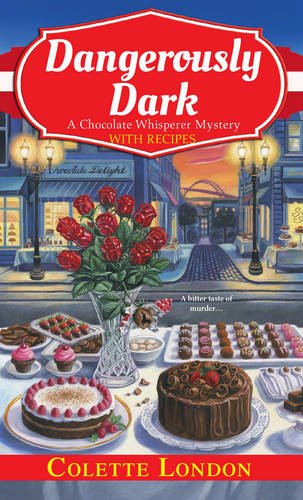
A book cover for Dangerously Dark (A Chocolate Whisperer Mystery); Colette London; Mystery, Thriller & Suspense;